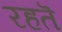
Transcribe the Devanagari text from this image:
रहतॆ